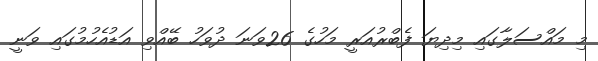
މި މައްސަލާގައި މިދިޔަ ފެބްރުއަރީ މަހުގެ 26ވަނަ ދުވަހު ބޭއްވި އަޑުއެހުމުގައި ވަނީ